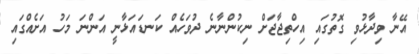
އޭނާ ވިދާޅުވި ގޮތުގައި އިހްތިޖާޖަށް ނިކުންނާނެ ދުވަހެއް ކަނޑައަޅާނީ އަންނަ މަހު އަށެއްގައި